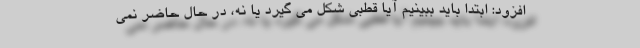
افزود: ابتدا باید ببینیم آیا قطبی شکل می گیرد یا نه، در حال حاضر نمی